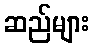
ဆည်များ